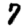
Digit: 7